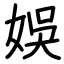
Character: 娛